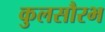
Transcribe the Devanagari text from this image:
कुलसौरभ